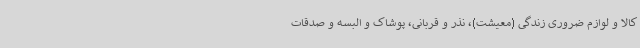
کالا و لوازم ضروری زندگی (معیشت)، نذر و قربانی، پوشاک و البسه و صدقات